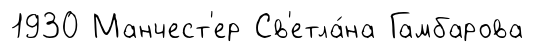
1930 Манчест'ер Св'етла́на Гамбарова